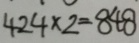
4 2 4 \times 2 = 8 4 8